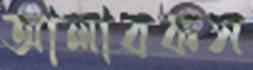
আলাবকস